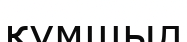
құмшыл